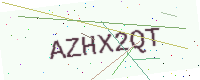
Text: AZHX2QT